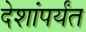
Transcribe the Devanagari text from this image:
देशांपर्यंत